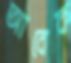
আবেক